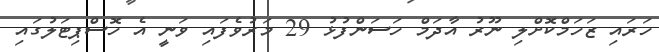
ހަރައި ޒަހަމްކޮށްލި ނޫރު އާދަމް ހަސަންފުޅު 29 މަރުވެފައި ވަނީ އެ ހޮސްޕިޓަލުގައި